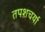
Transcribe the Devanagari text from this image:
तपशचर्या